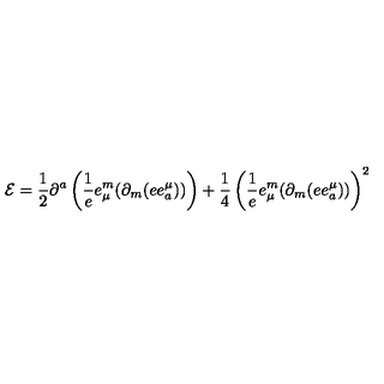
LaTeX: { \cal E } = \frac { 1 } { 2 } \partial ^ { a } \left( \frac { 1 } { e } e _ { \mu } ^ { m } ( \partial _ { m } ( e e _ { a } ^ { \mu } ) ) \right) + \frac { 1 } { 4 } \left( \frac { 1 } { e } e _ { \mu } ^ { m } ( \partial _ { m } ( e e _ { a } ^ { \mu } ) ) \right) ^ { 2 }